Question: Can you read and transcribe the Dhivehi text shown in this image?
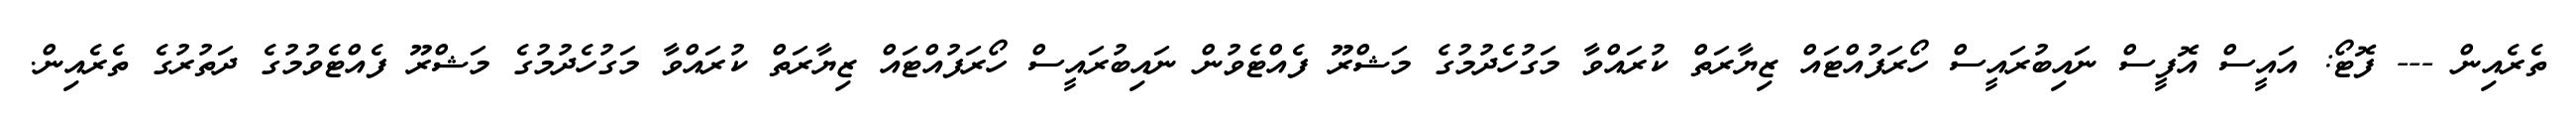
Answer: ތެރެއިން --- ފޮޓޯ: އައީސް އޮފީސް ނައިބުރައީސް ހޯރަފުއްޓައް ޒިޔާރަތް ކުރައްވާ މަގުހެދުމުގެ މަޝްރޫ ފެއްޓެވުން ނައިބުރައީސް ހޯރަފުއްޓައް ޒިޔާރަތް ކުރައްވާ މަގުހެދުމުގެ މަޝްރޫ ފެއްޓެވުމުގެ ދަތުރުގެ ތެރެއިން.